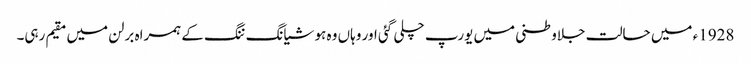
1928ء میں حالت جلاوطنی میں یورپ چلی گئی اور وہاں وہ ہو شیانگ ننگ کے ہمراہ برلن میں مقیم رہی۔